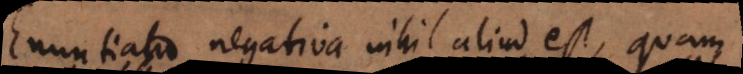
Enuntiatio negativa nihil aliud est, quam